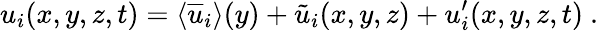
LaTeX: u_{i}(x,y,z,t)=\textlangle\overline{{u}}_{i}\textrangle(y)+\tilde{u}_{i}(x,y,z)+u_{i}^{\prime}(x,y,z,t)~.